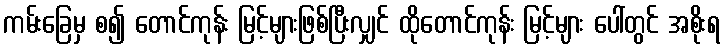
ကမ်းခြေမှ စ၍ တောင်ကုန်း မြင့်များဖြစ်ပြီးလျှင် ထိုတောင်ကုန်း မြင့်များ ပေါ်တွင် အစိုးရ